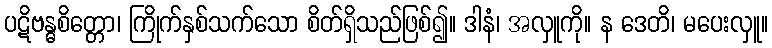
ပဋိဗန္ဓစိတ္တော၊ ကြိုက်နှစ်သက်သော စိတ်ရှိသည်ဖြစ်၍။ ဒါနံ၊ အလှူကို။ န ဒေတိ၊ မပေးလှူ။